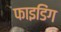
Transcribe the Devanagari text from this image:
फाइडिंग